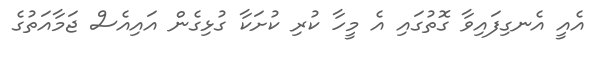
އެއީ އެނގިފައިވާ ގޮތުގައި އެ މީހާ ކުރި ކުށަކާ ގުޅިގެން އައިއެސް ޖަމާއަތުގެ